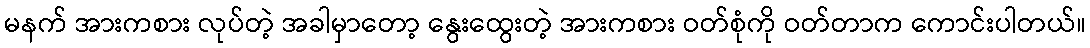
မနက် အားကစား လုပ်တဲ့ အခါမှာတော့ နွေးထွေးတဲ့ အားကစား ဝတ်စုံကို ဝတ်တာက ကောင်းပါတယ်။